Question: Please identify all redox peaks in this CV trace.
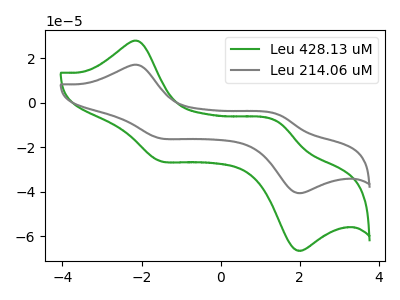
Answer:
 <answer>The green curve "Leu 428.13 uM" has anodic peaks at (-2.10V, 27.65uA) (1.45V, -8.45uA) and cathodic peaks at (-1.55V, -26.15uA) (1.90V, -66.20uA). The gray curve "Leu 214.06 uM" has anodic peaks at (-2.10V, 16.90uA) (1.45V, -5.20uA) and cathodic peaks at (-1.55V, -16.00uA) (1.90V, -40.45uA).</answer>
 <eval></eval>